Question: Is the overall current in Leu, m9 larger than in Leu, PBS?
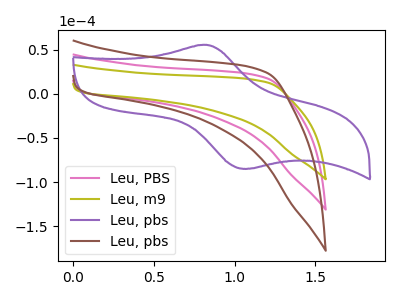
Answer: <think>The pink curve "Leu, PBS" has no peaks. The olive curve "Leu, m9" has no peaks. The purple curve "Leu, pbs" has an anodic peak at (0.80V, 55.35uA) and a cathodic peak at (1.10V, -84.85uA). The brown curve "Leu, pbs" has no peaks.
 Neither "Leu, m9" or "Leu, PBS" have any peaks.</think>
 <answer>I cant tell if "Leu, m9" or "Leu, PBS" has more signal.</answer>
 <eval>mixed_signal</eval>